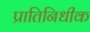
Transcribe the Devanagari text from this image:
प्रातिनिधीक